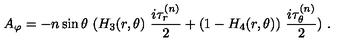
A _ { \varphi } = - n \sin \theta \ ( H _ { 3 } ( r , \theta ) \ \frac { i \tau _ { r } ^ { ( n ) } } { 2 } + ( 1 - H _ { 4 } ( r , \theta ) ) \ \frac { i \tau _ { \theta } ^ { ( n ) } } { 2 } ) \ . \